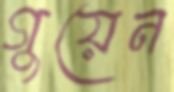
গুয়েন